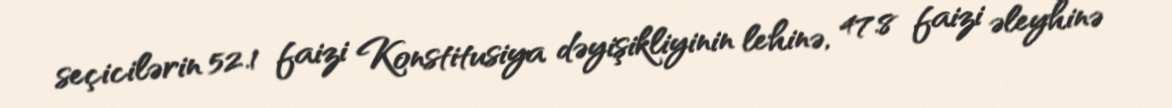
seçicilərin 52.1 faizi Konstitusiya dəyişikliyinin lehinə, 47.8 faizi əleyhinə